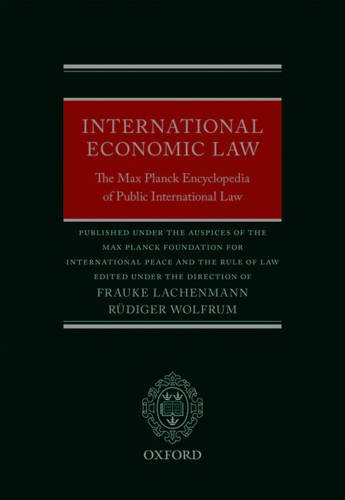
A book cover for The Max Planck Encyclopedia of Public International Law: International Economic Law; RÃ¼diger Wolfrum; Law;